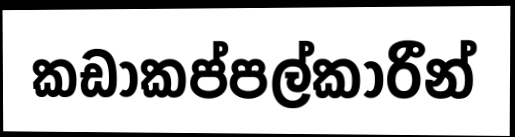
කඩාකප්පල්කාරීන්